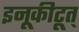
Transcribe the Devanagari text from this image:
इनूकीटूत्